Distribution and causation of leprosy in British India
Year: 1875
Disease focus: Leprosy
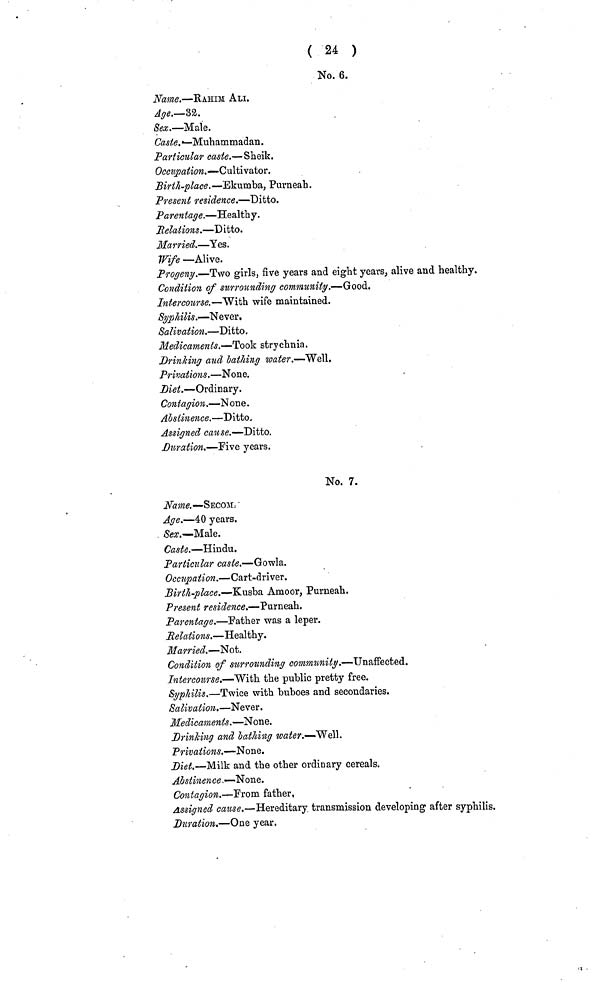
( 24 )
No. 6.
Name.—RAHIM ALI
Age.—32.
Sex.—Male.
Caste.—Muhammadan.
Particular caste.—Sheik.
Occupation.— Cultivator.
Birth-place.—Ekumba, Purneah.
Present residence.—Ditto.
Parentage.—Healthy.
Relations.—D itto.
Married.—Yes.
Wife —Alive.
Progeny.—Two girls, five years and eight years, alive and healthy.
Condition of surrounding community.—Good.
Intercourse.—With wife maintained.
Syphilis.—Never.
Salivation.—Ditto.
Medicaments.—Took strychnia.
Drinking and bathing water.—Well.
Privations.—None.
Diet.—Ordinary.
Contagion.—None.
Abstinence.—Ditto.
Assigned cause.—Ditto.
Duration.—Five years.
No. 7.
Name.—SECOM.
Age.—40 years.
Sex.—Male.
Caste.—Hindu.
Particular caste.—Gowla.
Occupation.—Cart-driver.
Birth-place.—Kusba Amoor, Purneah.
Present residence.—Purneah.
Parentage.—Father was a leper.
Relations.—Healthy.
Married.—Not.
Condition of surrounding community.—Unaffected.
Intercourse.—With the public pretty free.
Syphilis.—Twice with buboes and secondaries.
Salivation.—Never.
Medicaments.—None.
Drinking and lathing water.—Well.
Privations.—None.
Diet.—Milk and the other ordinary cereals.
Abstinence —None.
Contagion.—From father,
Assigned cause.—Hereditary transmission developing after syphilis.
Duration.—One year.